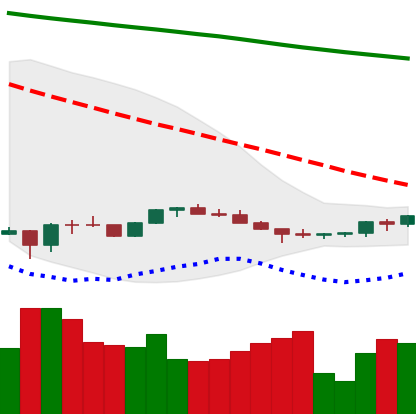
Ticker: ETH-USD
Chart end date: 2022-07-06
Forward return: -7.56%
Label: down_7plus